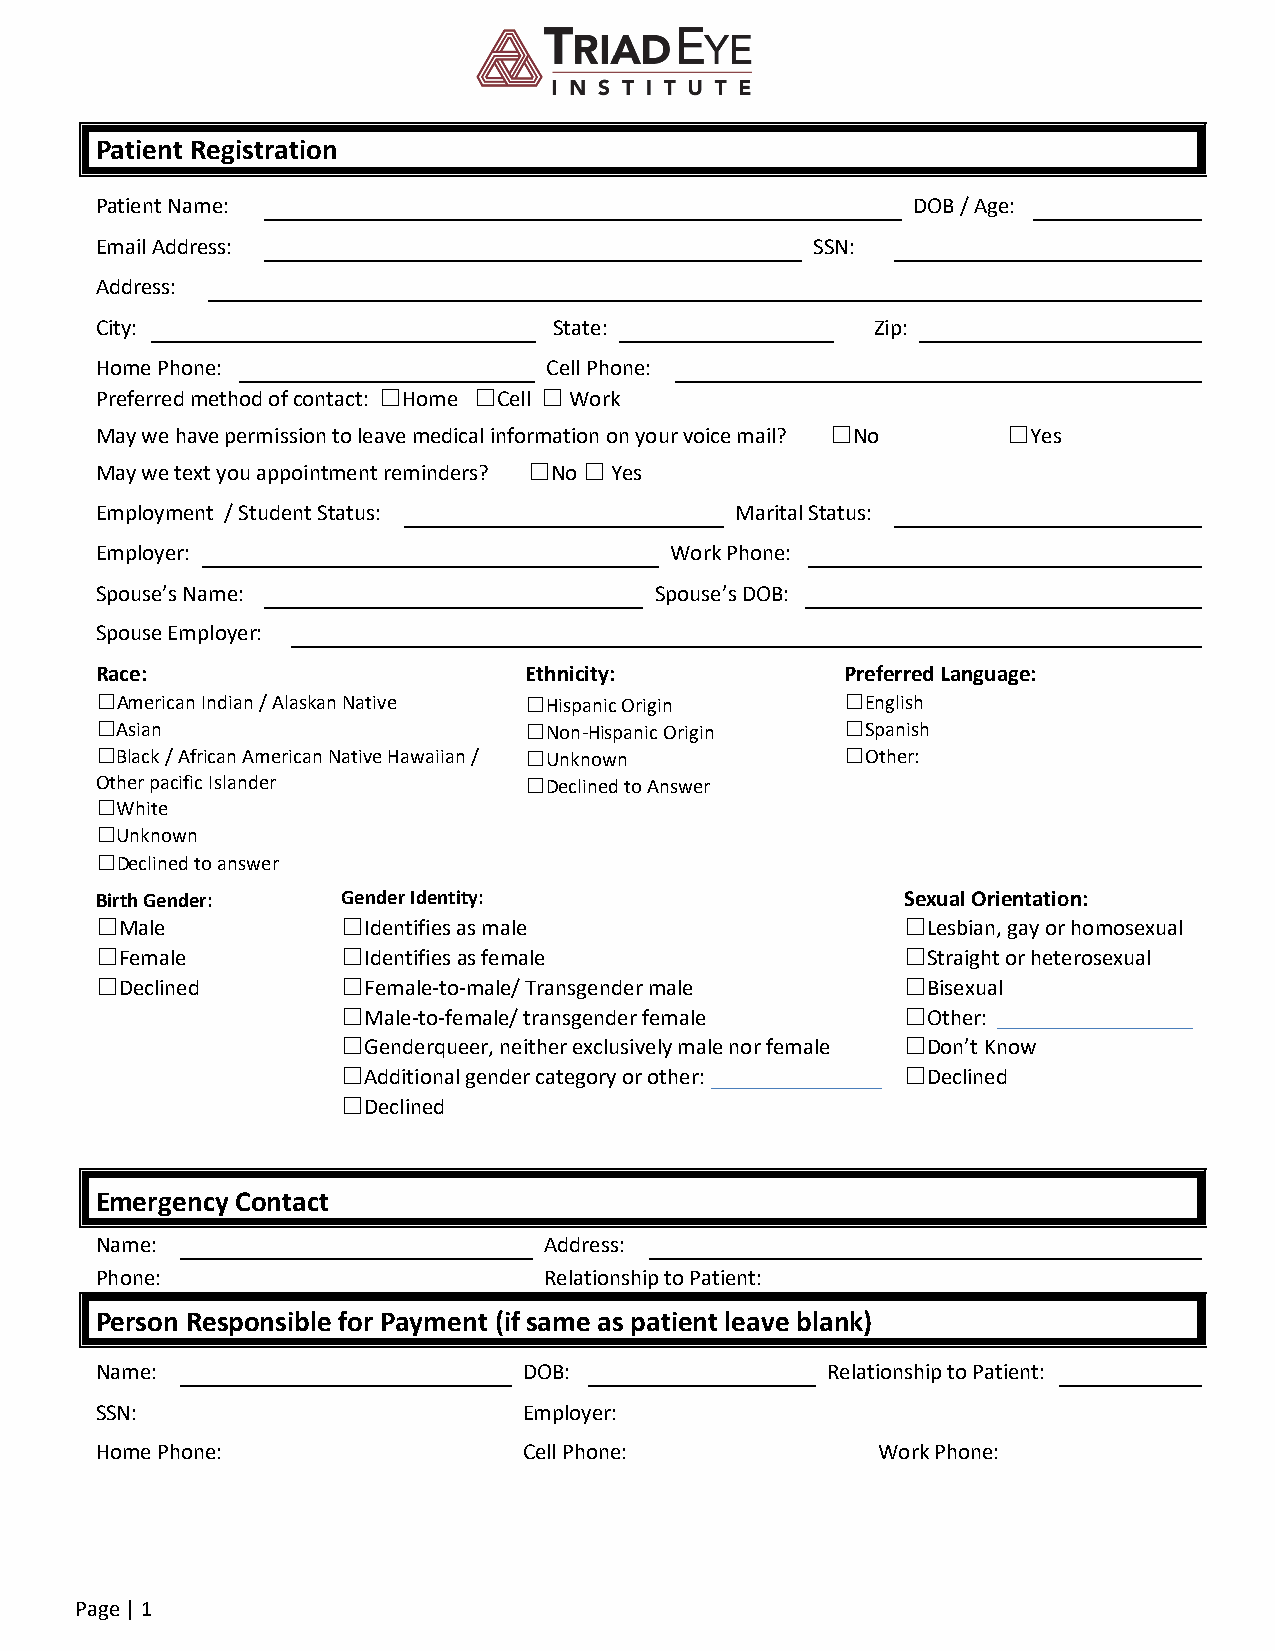
Patient Registration
 Patient Name:                                         DOB / Age:
 Email Address:                                  SSN:
 Address:
 City:                          State:               Zip:
 Home Phone:                   Cell Phone:
 Preferred method of contact: ☐Home ☐Cell ☐ Work
 May we have permission to leave medical information on your voice mail? ☐No ☐Yes
 May we text you appointment reminders? ☐No ☐ Yes
 Employment / Student Status:               Marital Status:
 Employer:                             Work Phone:
 Spouse’s Name:                       Spouse’s DOB:
 Spouse Employer:
 Race:                        Ethnicity:           Preferred Language:
 ☐American Indian / Alaskan Native ☐Hispanic Origin ☐English
 ☐Asian                       ☐Non-Hispanic Origin ☐Spanish
 ☐Black / African American Native Hawaiian / ☐Unknown ☐Other:
 Other pacific Islander       ☐Declined to Answer
 ☐White
 ☐Unknown
 ☐Declined to answer
 Birth Gender:    Gender Identity:                     Sexual Orientation:
 ☐Male            ☐Identifies as male                  ☐Lesbian, gay or homosexual
 ☐Female          ☐Identifies as female                ☐Straight or heterosexual
 ☐Declined        ☐Female-to-male/ Transgender male    ☐Bisexual
 ☐Male-to-female/ transgender female  ☐Other:
 ☐Genderqueer, neither exclusively male nor female ☐Don’t Know
 ☐Additional gender category or other: ☐Declined
 ☐Declined
 Emergency Contact
 Name:                         Address:
 Phone:                        Relationship to Patient:
 Person Responsible for Payment (if same as patient leave blank)
 Name:                        DOB:                Relationship to Patient:
 SSN:                         Employer:
 Home Phone:                  Cell Phone:            Work Phone:
 Page | 1